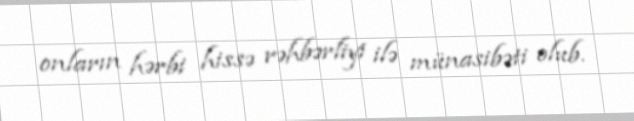
onların hərbi hissə rəhbərliyi ilə münasibəti olub.